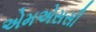
એમએસસી